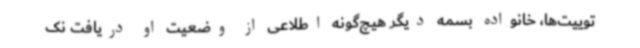
توییت‌ها، خانواده بسمه دیگر هیچ‌گونه اطلاعی از وضعیت او دریافت نک